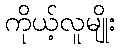
ကိုယ့်လူမျိုး